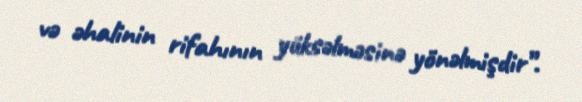
və əhalinin rifahının yüksəlməsinə yönəlmişdir”.